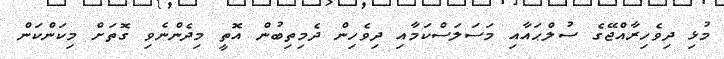
މުޅި ދިވެހިރާއްޖޭގެ ސުލްޙައާއި މަސަލަސްކަމާއި ދިވެހިން ދެމިތިބުން އޮތީ މިދެންނެވި ގޮތަށް މިކަންކަން